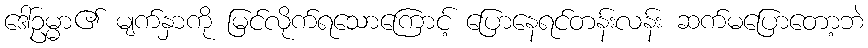
ဒေါ်ဥမ္မာ၏ မျက်နှာကို မြင်လိုက်ရသောကြောင့် ပြောနေရင်တန်းလန်း ဆက်မပြောတော့ဘဲ